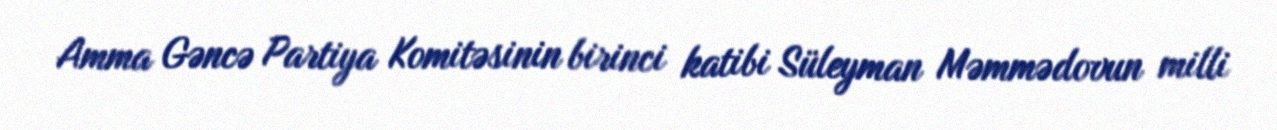
Amma Gəncə Partiya Komitəsinin birinci katibi Süleyman Məmmədovun milli